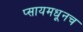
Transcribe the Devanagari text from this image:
प्सायमधूनच